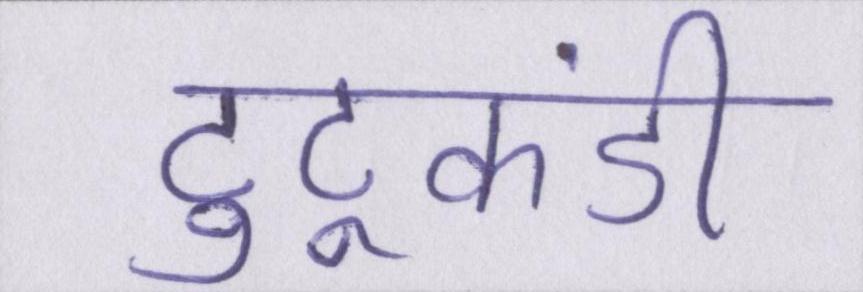
टुटूकंडी